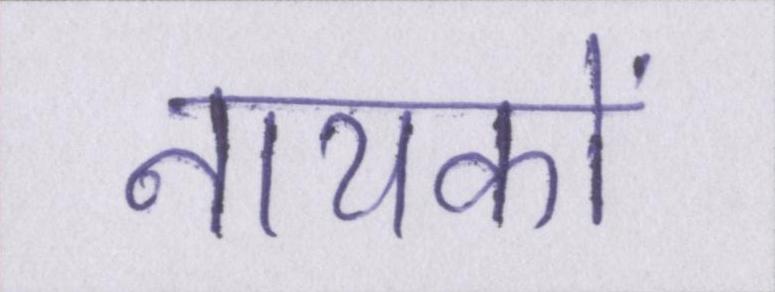
नायकों